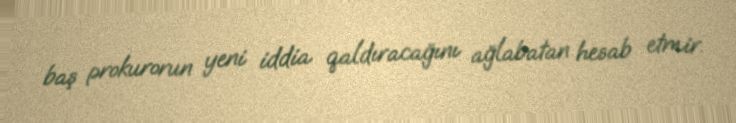
baş prokurorun yeni iddia qaldıracağını ağlabatan hesab etmir.